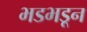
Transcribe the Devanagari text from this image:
भडभडून